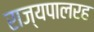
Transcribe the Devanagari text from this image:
राज्यपालरह